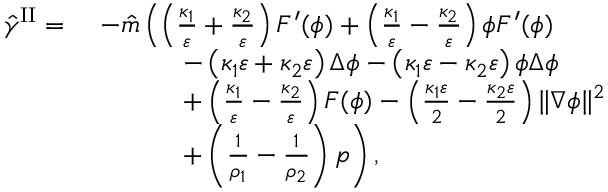
\begin{array} { r l } { \hat { \gamma } ^ { \mathrm { I I } } = } & { ~ - \hat { m } \left( \left( \frac { \kappa _ { 1 } } { \varepsilon } + \frac { \kappa _ { 2 } } { \varepsilon } \right) F ^ { \prime } ( \phi ) + \left( \frac { \kappa _ { 1 } } { \varepsilon } - \frac { \kappa _ { 2 } } { \varepsilon } \right) \phi F ^ { \prime } ( \phi ) \right. } \\ & { ~ \quad \quad \quad \left. - \left( \kappa _ { 1 } \varepsilon + \kappa _ { 2 } \varepsilon \right) \Delta \phi - \left( \kappa _ { 1 } \varepsilon - \kappa _ { 2 } \varepsilon \right) \phi \Delta \phi \right. } \\ & { ~ \quad \quad \quad \left. + \left( \frac { \kappa _ { 1 } } { \varepsilon } - \frac { \kappa _ { 2 } } { \varepsilon } \right) F ( \phi ) - \left( \frac { \kappa _ { 1 } \varepsilon } { 2 } - \frac { \kappa _ { 2 } \varepsilon } { 2 } \right) \| \nabla \phi \| ^ { 2 } \right. } \\ & { ~ \quad \quad \quad \left. + \left( \frac { 1 } { \rho _ { 1 } } - \frac { 1 } { \rho _ { 2 } } \right) p \right) , } \end{array}